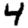
Digit: 4